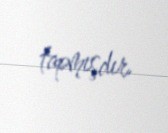
tapmışdır.